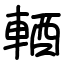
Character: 輏